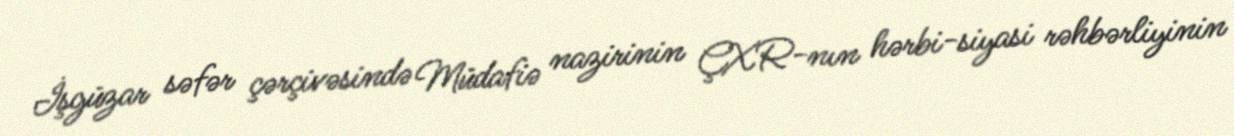
İşgüzar səfər çərçivəsində Müdafiə nazirinin ÇXR-nın hərbi-siyasi rəhbərliyinin